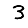
Digit: 3